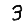
Digit: 3